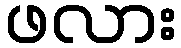
ဖလား